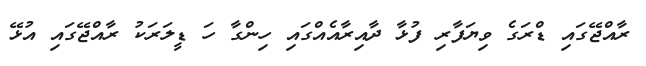
ރާއްޖޭގައި ޑްރަގެ ވިޔަފާރި ފުޅާ ދާއިރާއެއްގައި ހިންގާ ހަ ޑީލަރަކު ރާއްޖޭގައި އުޅޭ